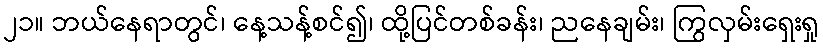
၂၁။ ဘယ်နေရာတွင်၊ နေ့သန့်စင်၍၊ ထို့ပြင်တစ်ခန်း၊ ညနေချမ်း၊ ကြွလှမ်းရှေးရှု